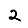
Digit: 2